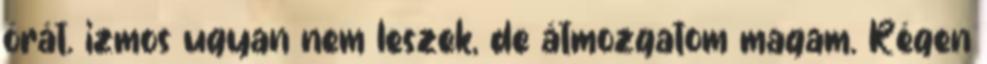
órát. izmos ugyan nem leszek, de átmozgatom magam. Régen